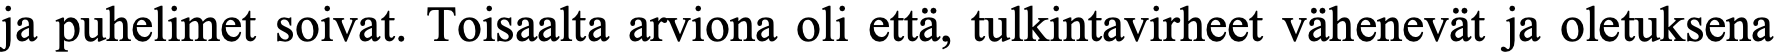
ja puhelimet soivat. Toisaalta arviona oli että, tulkintavirheet vähenevät ja oletuksena